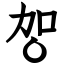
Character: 㔔